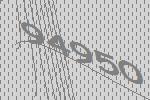
94950